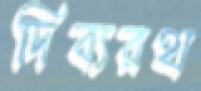
দিব্যরথ